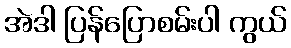
အဲဒါ ပြန်ပြောစမ်းပါ ကွယ်